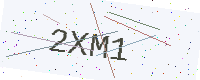
Text: 2XM1